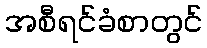
အစီရင်ခံစာတွင်